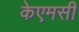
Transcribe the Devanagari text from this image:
केएमसी